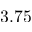
3 . 7 5